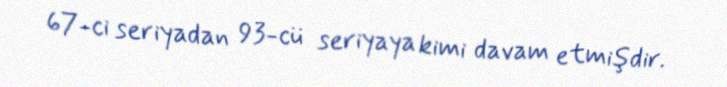
67-ci seriyadan 93-cü seriyaya kimi davam etmişdir.